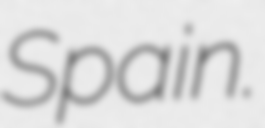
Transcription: Spain.